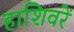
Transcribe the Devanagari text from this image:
हाशिवरें